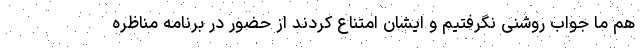
هم ما جواب روشنی نگرفتیم و ایشان امتناع کردند از حضور در برنامه مناظره